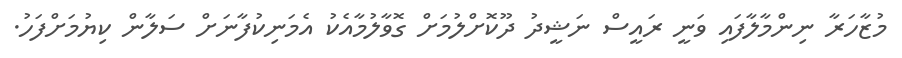
މުޒާހަރާ ނިންމާލާފައި ވަނީ ރައީސް ނަޝީދު ދޫކޮށްލުމަށް ގޮވާލުމާއެކު އެމަނިކުފާނަށް ސަލާން ކިޔުމަށްފަހު.